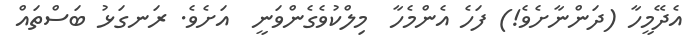
އެދޭމީހާ (ދަންނާށެވެ!) ފަހެ އެންމެހާ  މިލްކުވެގެންވަނީ  އަށެވެ. ރަނގަޅު ބަސްތައް